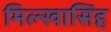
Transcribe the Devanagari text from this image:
मिल्खासिंह